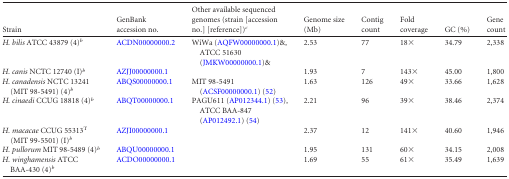
<table><thead><tr><td><b>Strain</b></td><td><b>GenBank accession no.</b></td><td><b>Other available sequenced genomes (strain [accession no.] [reference])<sup><i>c</i></sup></b></td><td><b>Genome size (Mb)</b></td><td><b>Contig count</b></td><td><b>Fold coverage</b></td><td><b>GC (%)</b></td><td><b>Gene count</b></td></tr></thead><tbody><tr><td><i>H. bilis</i> ATCC 43879 (4)<sup><i>b</i></sup></td><td>ACDN00000000.2</td><td>WiWa (AQFW00000000.1)&amp;, ATCC 51630 (JMKW00000000.1)&amp;</td><td>2.53</td><td>77</td><td>18×</td><td>34.79</td><td>2,338</td></tr><tr><td><i>H. canis</i> NCTC 12740 (I)<sup><i>b</i></sup></td><td>AZJJ00000000.1</td><td></td><td>1.93</td><td>7</td><td>143×</td><td>45.00</td><td>1,800</td></tr><tr><td><i>H. canadensis</i> NCTC 13241 (MIT 98-5491) (4)<sup><i>b</i></sup></td><td>ABQS00000000.1</td><td>MIT 98-5491 (ACSF00000000.1) (52)</td><td>1.63</td><td>126</td><td>49×</td><td>33.66</td><td>1,628</td></tr><tr><td><i>H. cinaedi</i> CCUG 18818 (4)<sup><i>b</i></sup></td><td>ABQT00000000.1</td><td>PAGU611 (AP012344.1) (53), ATCC BAA-847 (AP012492.1) (54)</td><td>2.21</td><td>96</td><td>39×</td><td>38.46</td><td>2,374</td></tr><tr><td><i>H. macacae</i> CCUG 55313<sup>T</sup> (MIT 99-5501) (I)<sup><i>b</i></sup></td><td>AZJI00000000.1</td><td></td><td>2.37</td><td>12</td><td>141×</td><td>40.60</td><td>1,946</td></tr><tr><td><i>H. pullorum</i> MIT 98-5489 (4)<sup><i>b</i></sup></td><td>ABQU00000000.1</td><td></td><td>1.95</td><td>131</td><td>60×</td><td>34.15</td><td>2,008</td></tr><tr><td><i>H. winghamensis</i> ATCC BAA-430 (4)<sup><i>b</i></sup></td><td>ACDO00000000.1</td><td></td><td>1.69</td><td>55</td><td>61×</td><td>35.49</td><td>1,639</td></tr></tbody></table>